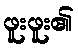
ဖူးဖူး၏